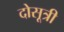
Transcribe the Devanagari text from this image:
दोसूत्री